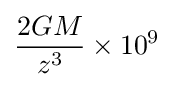
{2GM \over z^{3}}\times 10^{9}